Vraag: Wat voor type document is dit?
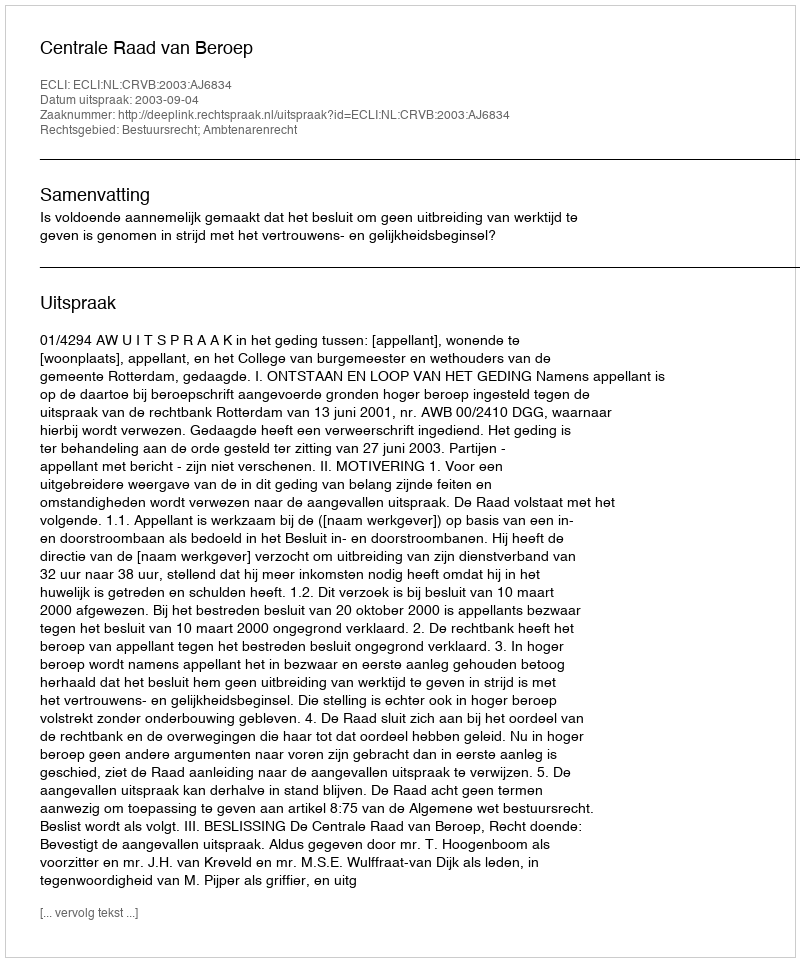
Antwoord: Uitspraak